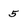
Character: 5